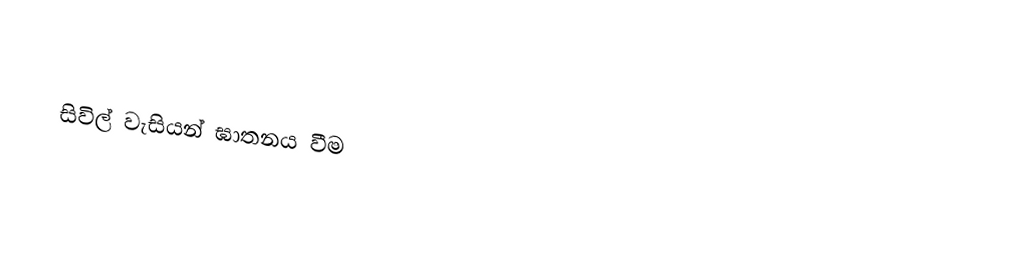

සිවිල් වැසියන් ඝාතනය වීම